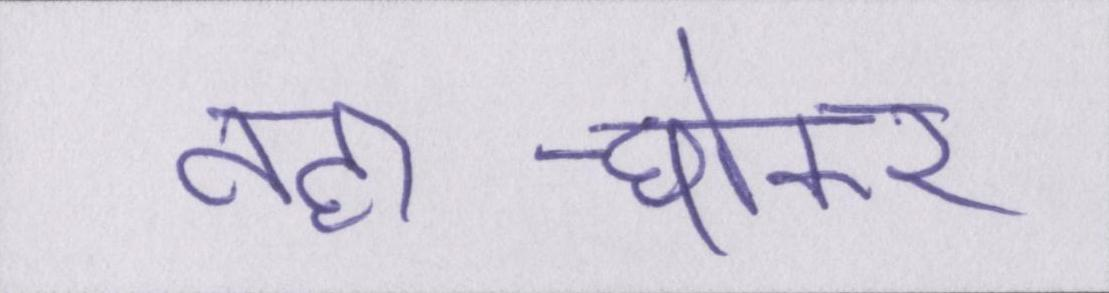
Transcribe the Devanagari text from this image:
नहा-धोकर